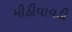
મીઠીવાવડી